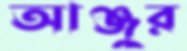
আঞ্জুর